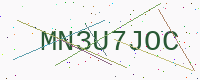
Text: MN3U7JOC